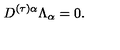
D ^ { ( \tau ) \alpha } \Lambda _ { \alpha } = 0 .